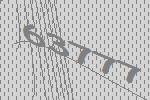
63777